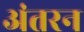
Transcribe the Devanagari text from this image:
अंतरन